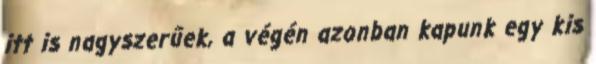
itt is nagyszerűek, a végén azonban kapunk egy kis